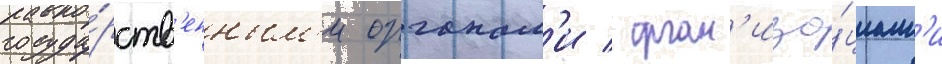
госуда́рств'енным'и органам'и / орган'иза́циам'и